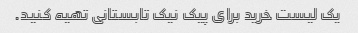
یک لیست خرید برای پیک نیک تابستانی تهیه کنید.